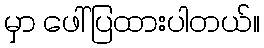
မှာ ဖေါ်ပြထားပါတယ်။